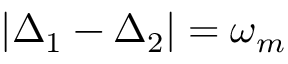
| \Delta _ { 1 } - \Delta _ { 2 } | = \omega _ { m }